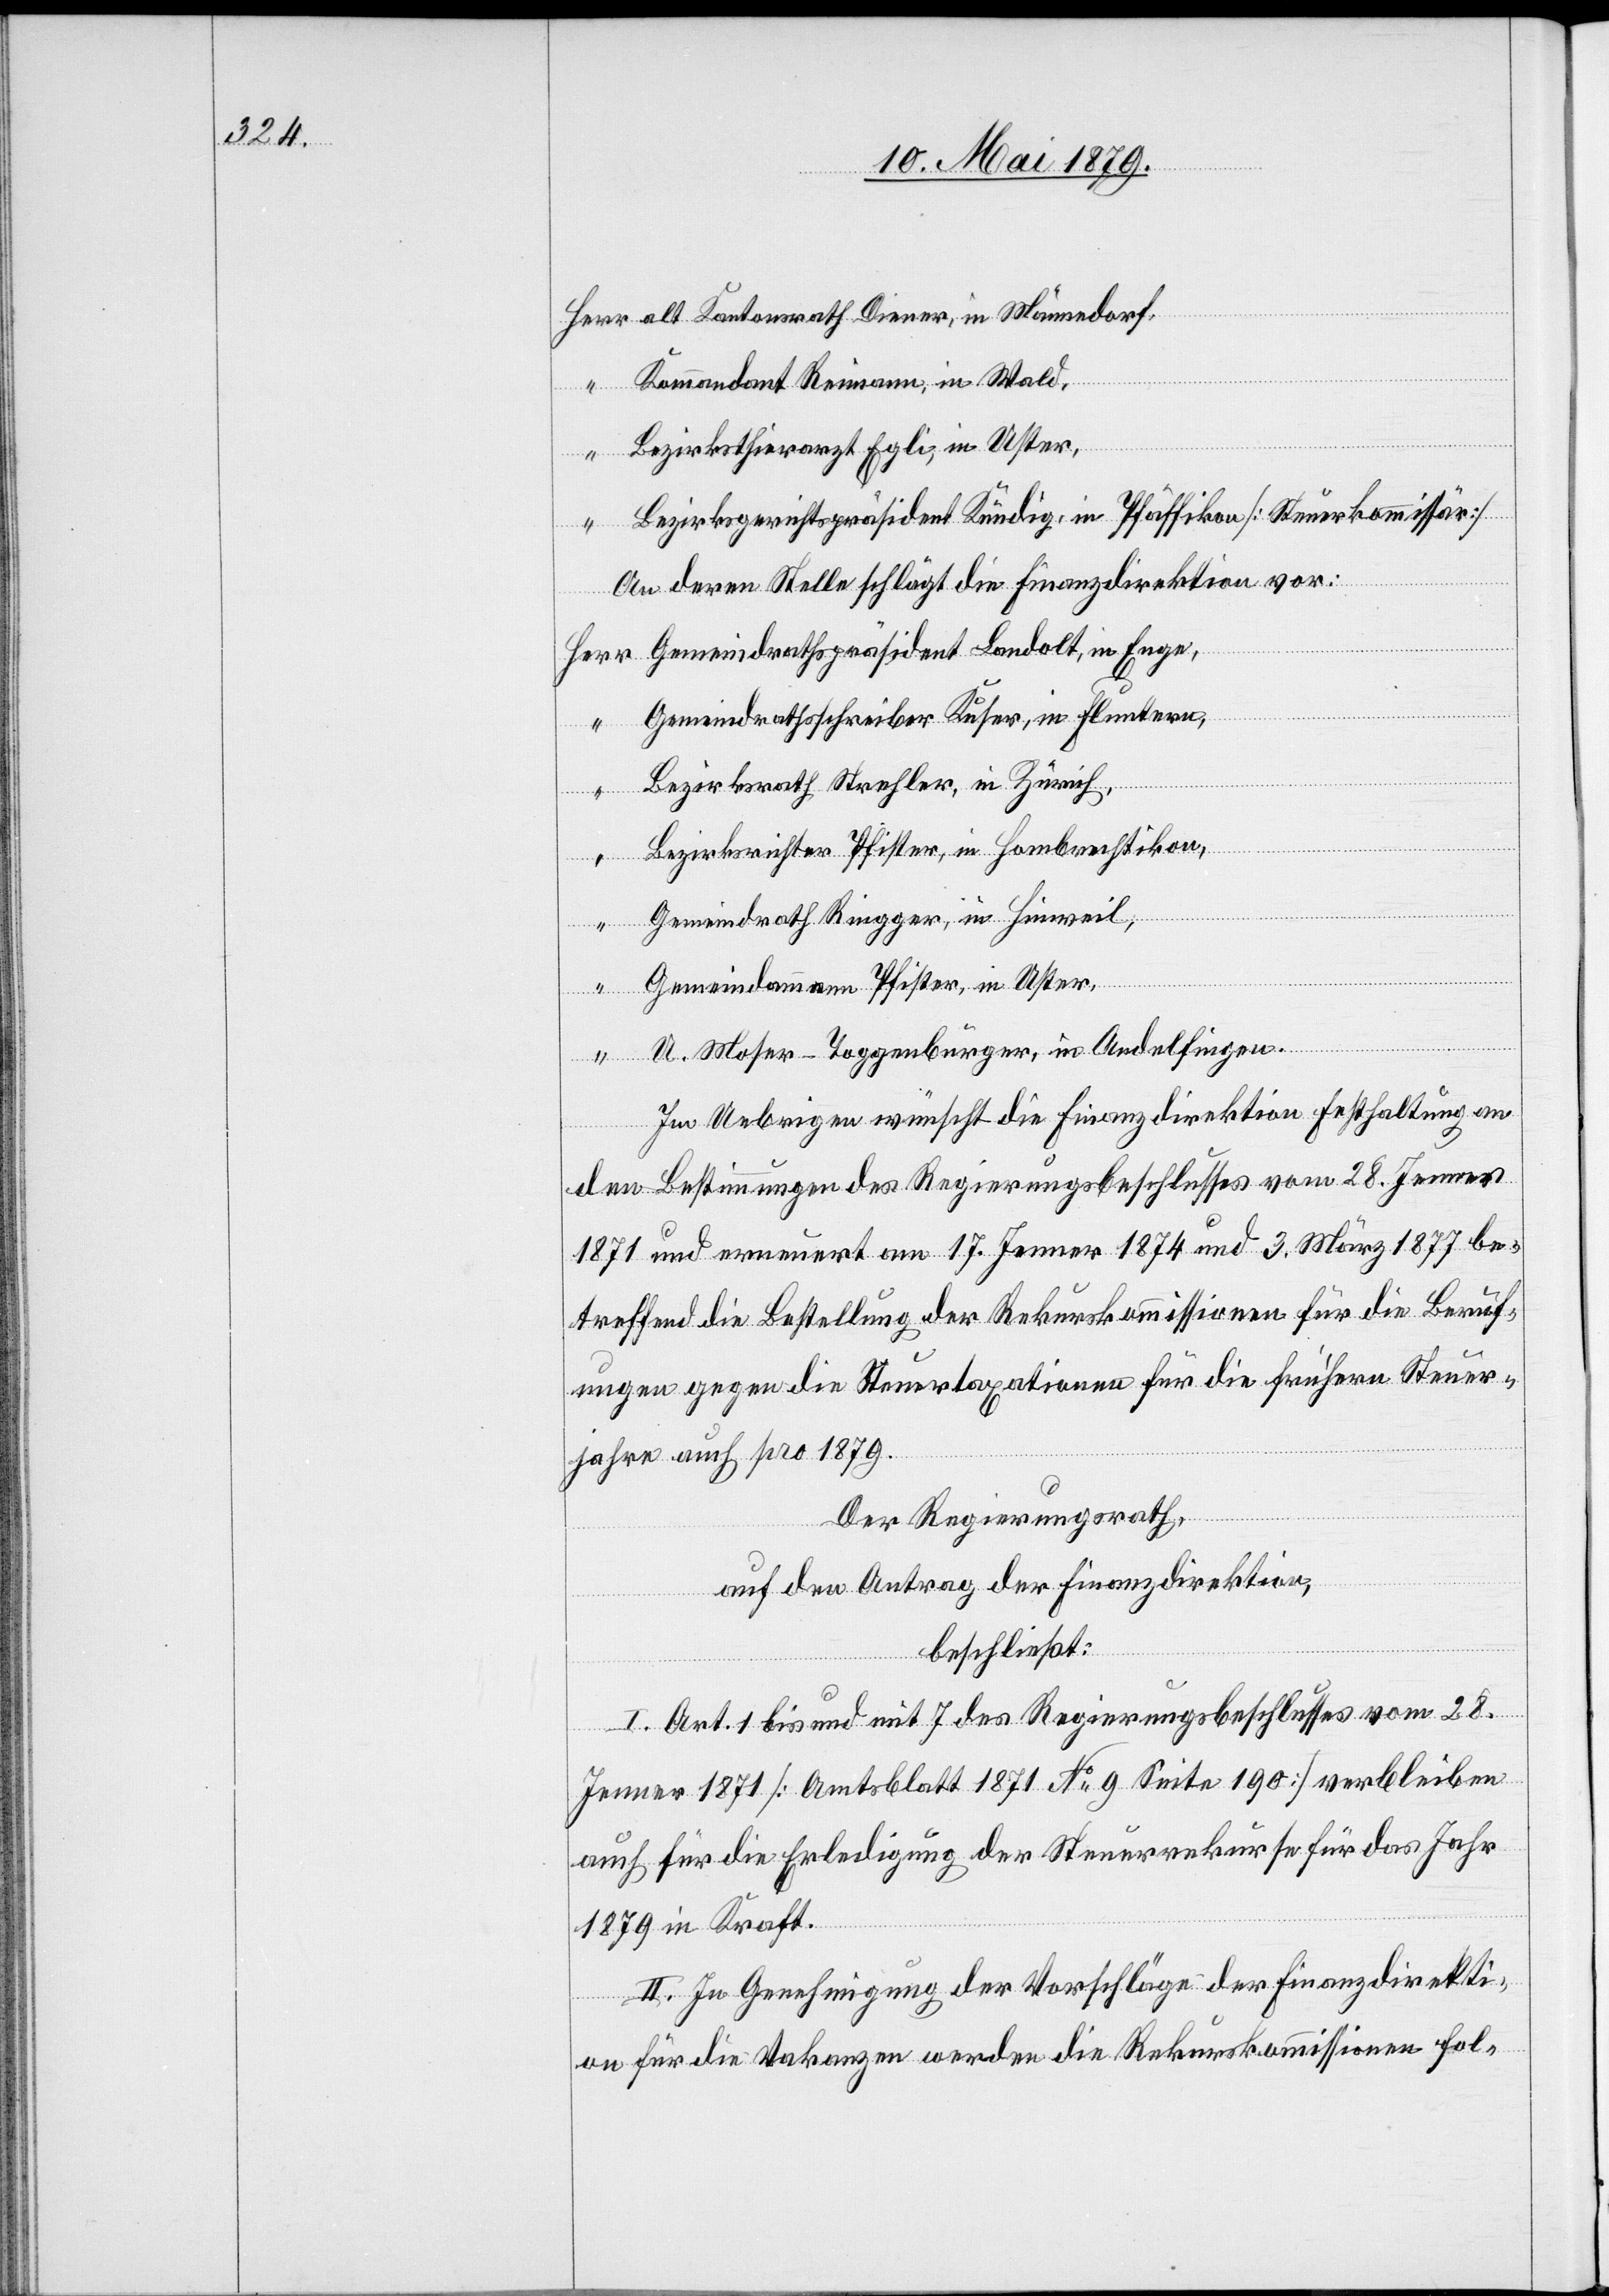
alt Kantonsrath Diener, in Männedorf,
Kommandant Reimann, in Wald,
Bezirksthierarzt Egli, in Uster,
Bezirksgerichtspräsident Kündig, in Pfäffikon [Steuerkommissär]
An deren Stelle schlägt die Finanzdirektion vor:
Gemeindrathspräsident Landolt, in Enge,
Herr
Gemeindrathsschreiber Kuser, in Fluntern,
Bezirksrath Strehler, in Zürich,
Bezirksrichter Pfister, in Hombrechtikon,
“
Gemeindrath Ringger, in Hinweil,
Gemeindammann Pfister, in Uster,
U. Moser-Toggenburger, in Andelfingen.
Im Uebrigen wünscht die Finanzdirektion Festhaltung an
den Bestimmungen des Regierungsbeschlusses vom 28. Jenner
1871 und erneuert am 17. Jenner 1874 und 3. März 1877 be¬
treffend die Bestellung der Rekurskommissionen für die Beruf¬
ungen gegen die Steuertaxationen für die frühern Steuer¬
jahre auch pro 1879.
Der Regierungsrath,
auf den Antrag der Finanzdirektion,
“
beschließt:
I. Art. 1 bis und mit 7 des Regierungsbeschlusses vom 28.
Jenner 1871 [Amtsblatt 1871 No 9 Seite 190] verbleiben
auch für die Erledigung der Steuerrekurse für das Jahr
1879 in Kraft.
II. In Genehmigung der Vorschläge der Finanzdirekti¬
on für die Vakanzen werden die Rekurskommissionen fol-